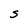
Character: S